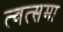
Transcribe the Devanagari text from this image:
त्वत्समा